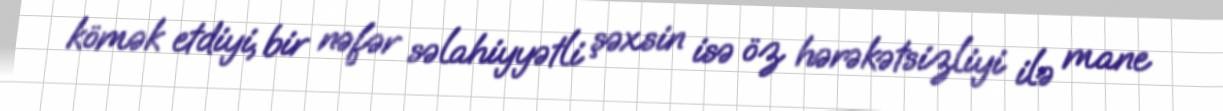
kömək etdiyi, bir nəfər səlahiyyətli şəxsin isə öz hərəkətsizliyi ilə mane